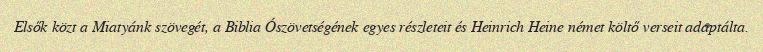
Elsők közt a Miatyánk szövegét, a Biblia Ószövetségének egyes részleteit és Heinrich Heine német költő verseit adaptálta.